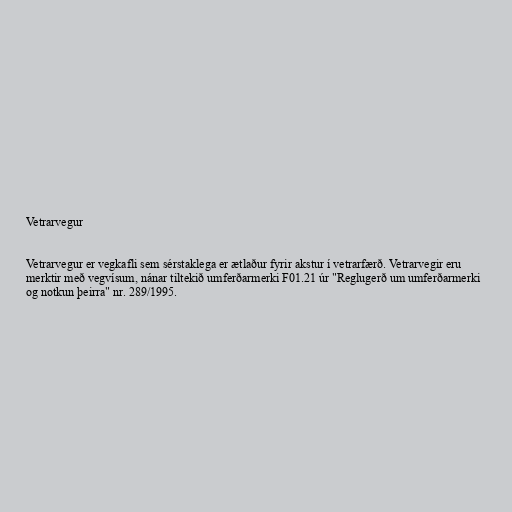
Vetrarvegur

Vetrarvegur er vegkafli sem sérstaklega er ætlaður fyrir akstur í vetrarfærð. Vetrarvegir eru
merktir með vegvísum, nánar tiltekið umferðarmerki F01.21 úr "Reglugerð um umferðarmerki
og notkun þeirra" nr. 289/1995.